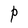
Character: P